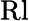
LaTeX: \mathrm{Rl}